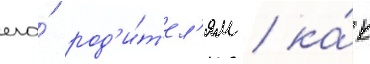
его́ род'и́т'ел'ям / ка́к